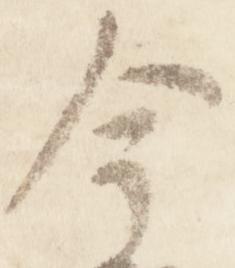
今